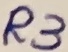
Text: R3